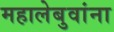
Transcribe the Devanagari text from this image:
महालेबुवांना